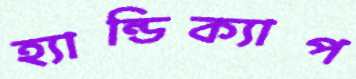
হ্যান্ডিক্যাপ